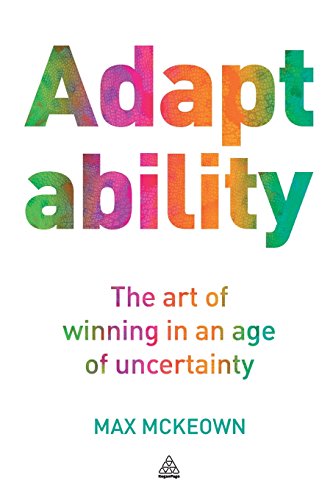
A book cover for Adaptability: The Art of Winning in an Age of Uncertainty; Max McKeown; Health, Fitness & Dieting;